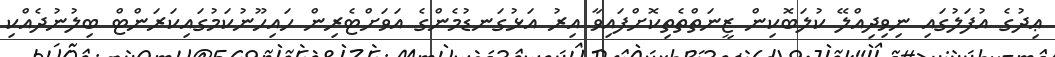
ޢިދުގެ އުފަލުގައި ނިވިދިއްލޭ ކުލަބޮކިން ޒީނަތްތެތިކޮށްފައިވާ އިރު އަޅުގަނޑުމެންގެ އަވަށްޓެރިން ހައިހޫނުކަމުގައިކަރަންޓް ބިލުނުދެއްކި